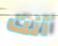
أنت